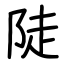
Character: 陡